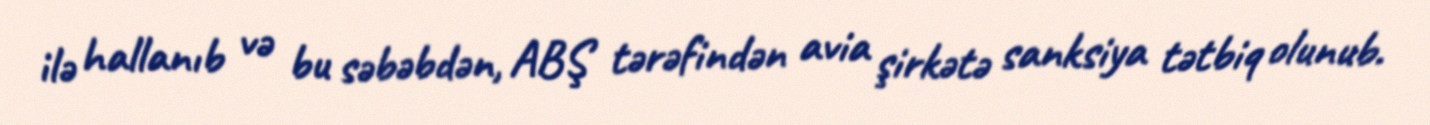
ilə hallanıb və bu səbəbdən, ABŞ tərəfindən avia şirkətə sanksiya tətbiq olunub.